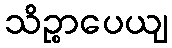
သိဉ္စာပေယျ